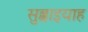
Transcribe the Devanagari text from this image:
सुब्बाइयाह